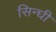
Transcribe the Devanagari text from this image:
सिन्घी